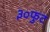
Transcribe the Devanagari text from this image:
३०फुट